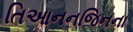
તિઆનનજિનના